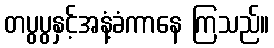
တပွပွနှင့်အနံ့ခံကာနေ ကြသည်။